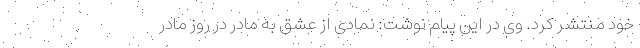
خود منتشر کرد. وی در این پیام نوشت: نمادی از عشق به مادر در روز مادر